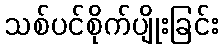
သစ်ပင်စိုက်ပျိုးခြင်း